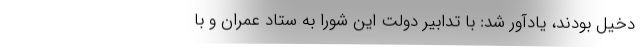
دخیل بودند، یادآور شد: با تدابیر دولت این شورا به ستاد عمران و با